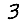
Digit: 3